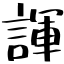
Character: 諢